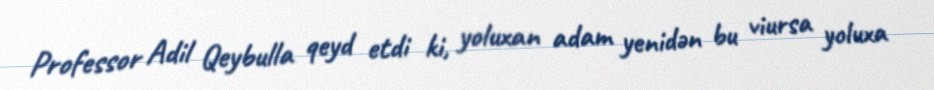
Professor Adil Qeybulla qeyd etdi ki, yoluxan adam yenidən bu viursa yoluxa